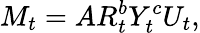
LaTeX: M_{t}=AR_{t}^{b}Y_{t}^{c}U_{t},